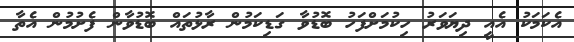
އެކަމަކު އެއީ ދިޔަވަރު ހިކުމަށްފަހު ބޮޑުވާ ގަޑިކަމުން ރާޅުތައް ބޮޑުވާން ފެށުމުން އެތާ